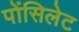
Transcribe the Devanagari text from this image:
पोंसिलेट